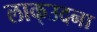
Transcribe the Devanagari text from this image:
लाक्उदना